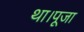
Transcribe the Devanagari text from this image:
था।पूजा